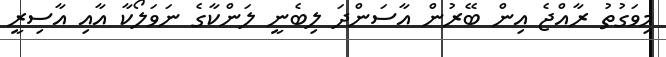
މިވަގުތު ރާއްޖެ އިން ބޭރުން އާސަންދަ ލިބެނީ ލަންކާގެ ނަވަލޯކާ އާއި އާސިރީ